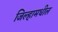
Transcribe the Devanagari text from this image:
जिल्हामधील